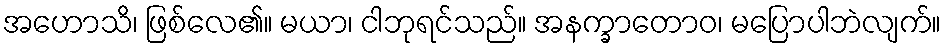
အဟောသိ၊ ဖြစ်လေ၏။ မယာ၊ ငါဘုရင်သည်။ အနက္ခာတောဝ၊ မပြောပါဘဲလျက်။